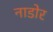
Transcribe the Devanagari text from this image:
नाडोर